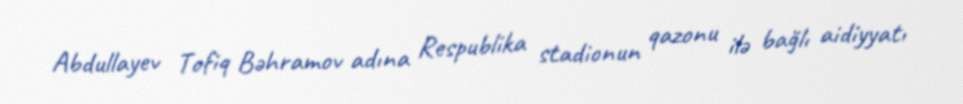
Abdullayev Tofiq Bəhramov adına Respublika stadionun qazonu ilə bağlı aidiyyatı